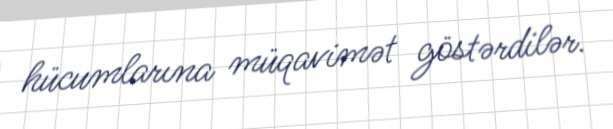
hücumlarına müqavimət göstərdilər.